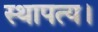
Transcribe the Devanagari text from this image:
स्थापत्य।